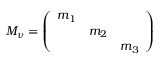
M _ { \nu } = \left( \begin{array} { c c c } { { m _ { 1 } } } & { { } } & { { } } \\ { { } } & { { m _ { 2 } } } & { { } } \\ { { } } & { { } } & { { m _ { 3 } } } \end{array} \right)